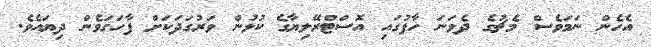
އެހެން ނަމަވެސް މެޗުގެ ދެވަނަ ހާފުގައި އޮސްޓްރޭލިޔާގެ ކުޅުން ވަރުގަދަކަށް ފާހަގަވެން ދިޔައެވެ.